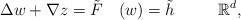
LaTeX: \begin{align*}\Delta w + \nabla z = \tilde{F}\quad(w) = \tilde{h}\qquad~~\mathbb{R}^d,\end{align*}